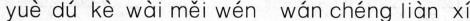
yuè dú kè wài měi wén wán chéng liàn xí